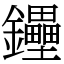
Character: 鑸